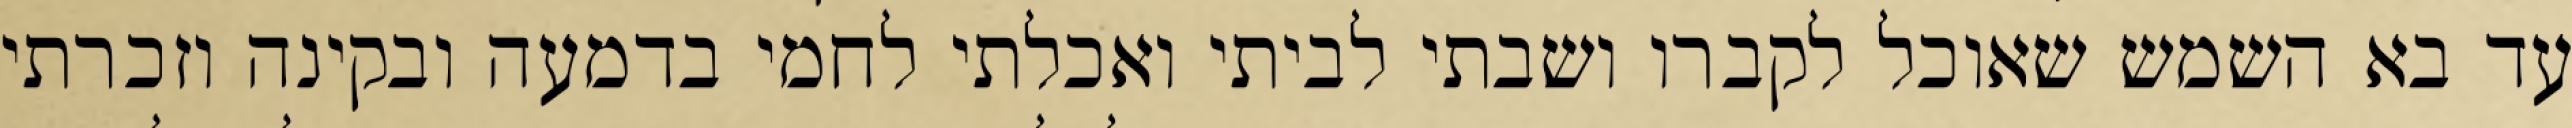
עד בא השמש שאוכל לקברו ושבתי לביתי ואכלתי לחמי בדמעה ובקינה וזכרתי